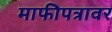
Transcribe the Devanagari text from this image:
माफीपत्रावर